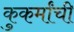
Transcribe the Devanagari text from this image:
कुकर्मांची